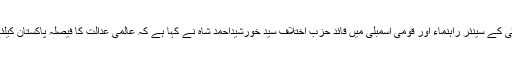
پاکستان پیپلز پارٹی کے سینئر راہنماء اور قومی اسمبلی میں قائد حزب اختلاف سید خورشیداحمد شاہ نے کہا ہے کہ عالمی عدالت کا فیصلہ پاکستان کیلئے بڑا دھچکا ہے۔